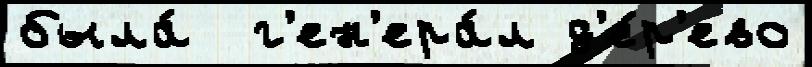
была́  г'ен'ера́л д'е́р'ево